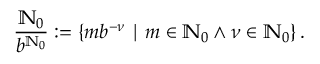
{ \frac { \mathbb { N } _ { 0 } } { b ^ { \mathbb { N } _ { 0 } } } } : = \left\{ m b ^ { - \nu } \mid m \in \mathbb { N } _ { 0 } \wedge \nu \in \mathbb { N } _ { 0 } \right\} .